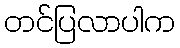
တင်ပြလာပါက